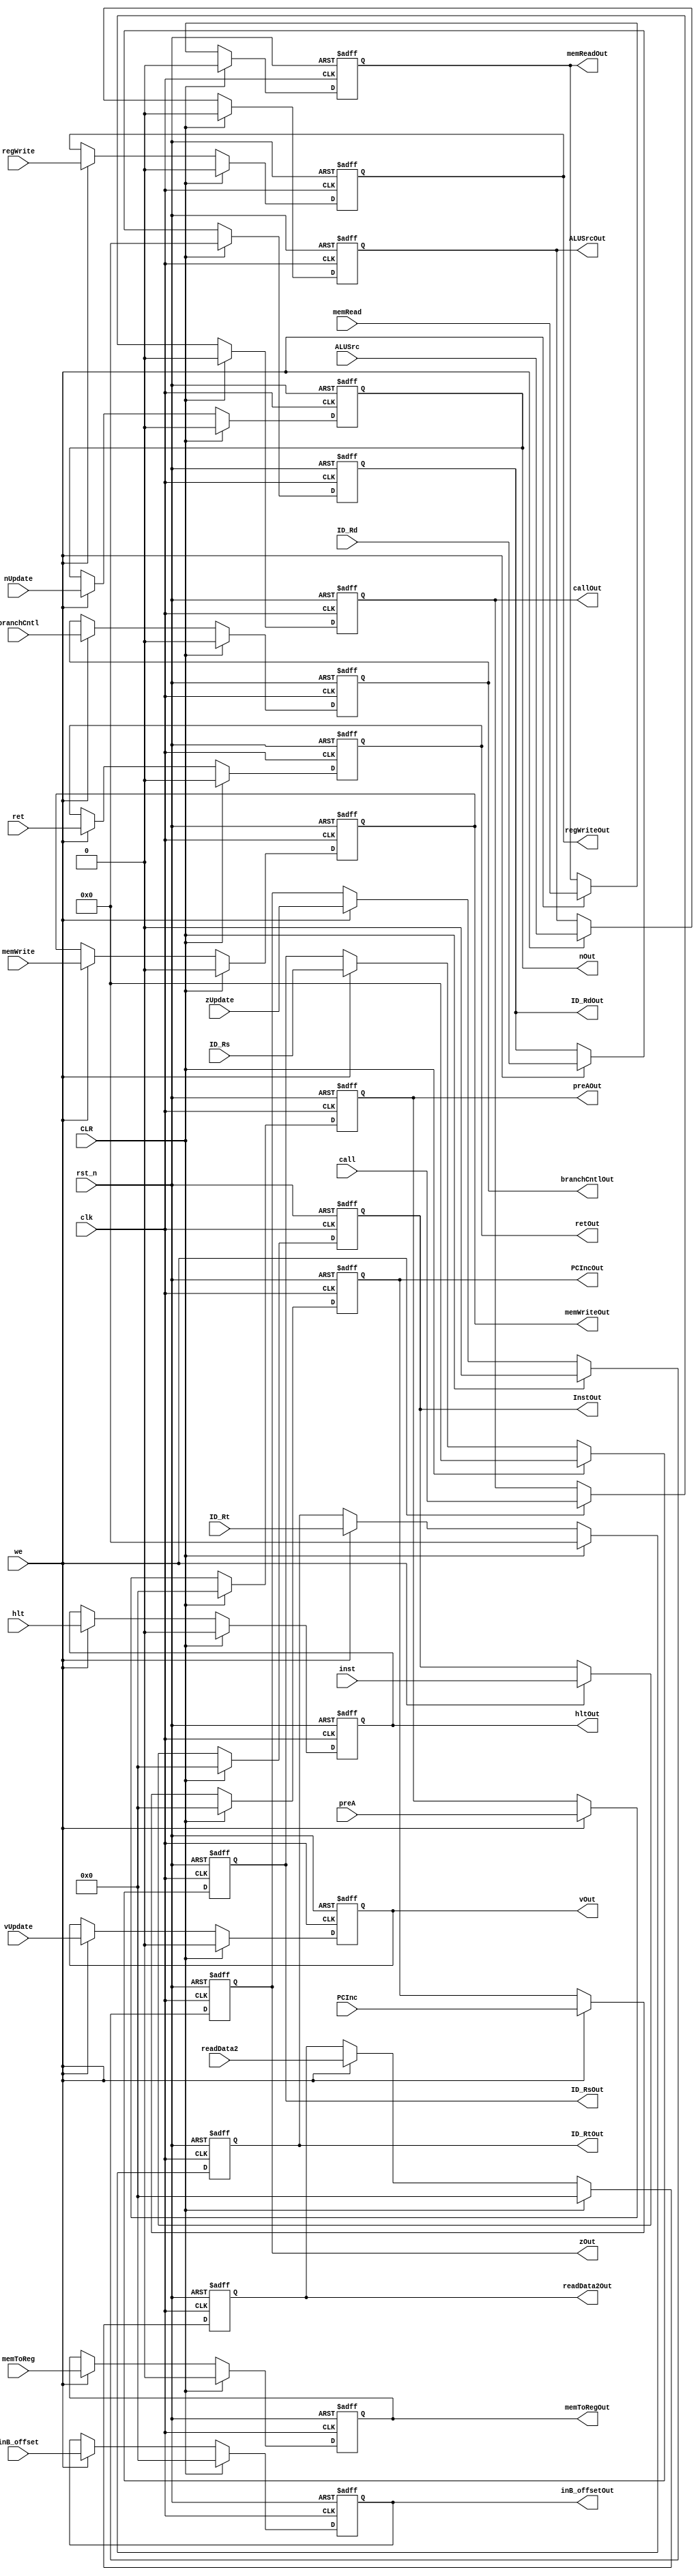
module ID_EX_Reg(clk, rst_n, PCInc, inst, CLR, we, readData2, preA, inB_offset, 
		ID_Rs, ID_Rt, ID_Rd, zUpdate, vUpdate, nUpdate,
		memToReg, regWrite, memRead, memWrite, ret, branchCntl, call, hlt, ALUSrc, 
		InstOut, PCIncOut, ID_RsOut, ID_RtOut, ID_RdOut, readData2Out, preAOut, inB_offsetOut, memToRegOut, zOut, vOut, nOut,
		regWriteOut, memReadOut, memWriteOut, retOut, branchCntlOut, callOut, hltOut, ALUSrcOut);

	input clk, CLR, we, rst_n, zUpdate, vUpdate, nUpdate;
	input memToReg, regWrite, memRead, memWrite, ret, branchCntl, call, hlt, ALUSrc;
	input [15:0]PCInc, inst, readData2, preA, inB_offset;
	input [3:0] ID_Rs, ID_Rt, ID_Rd;
	//TO DO: FIGURE OUT ALL OF THE CONTROL SIGNALS NECESSARY AND MAKE AS INPUTS

	output reg [15:0] PCIncOut, InstOut, readData2Out, preAOut, inB_offsetOut;
	output reg [3:0] ID_RsOut, ID_RtOut, ID_RdOut;
	output reg memToRegOut, regWriteOut, memReadOut, memWriteOut, retOut, branchCntlOut, callOut, hltOut, zOut, vOut, nOut, ALUSrcOut;

	always @ (posedge clk, negedge rst_n) begin
		if(!rst_n) begin
			PCIncOut <= 0;
			InstOut <= 0;
			readData2Out <= 0;
			preAOut <= 0;
			inB_offsetOut <= 0;
			ID_RsOut <= 0;
			ID_RtOut <= 0;
			ID_RdOut <= 0;
			memToRegOut <= 0;
			regWriteOut <= 0;
			memReadOut <= 0;
			memWriteOut <= 0;
			retOut <= 0;
			branchCntlOut <= 0;
			callOut <= 0;
			hltOut <= 0;
			zOut <= 0;
			vOut <= 0;
			nOut <= 0;
			ALUSrcOut <= 0;
		end
		else if(CLR) begin
			PCIncOut <= 0;
			InstOut <= 0;
			readData2Out <= 0;
			preAOut <= 0;
			inB_offsetOut <= 0;
			ID_RsOut <= 0;
			ID_RtOut <= 0;
			ID_RdOut <= 0;
			memToRegOut <= 0;
			regWriteOut <= 0;
			memReadOut <= 0;
			memWriteOut <= 0;
			retOut <= 0;
			branchCntlOut <= 0;
			callOut <= 0;
			hltOut <= 0;
			zOut <= 0;
			vOut <= 0;
			nOut <= 0;
			ALUSrcOut <= 0;
		end
		else if (we) begin
			PCIncOut <= PCInc;
			InstOut <= inst;
			readData2Out <= readData2;
			preAOut <= preA;
			inB_offsetOut <= inB_offset;
			ID_RsOut <= ID_Rs;
			ID_RtOut <= ID_Rt;
			ID_RdOut <= ID_Rd;
			memToRegOut <= memToReg;
			regWriteOut <= regWrite;
			memReadOut <= memRead;
			memWriteOut <= memWrite;
			retOut <= ret;
			branchCntlOut <= branchCntl;
			callOut <= call;
			hltOut <= hlt;
			zOut <= zUpdate;
			vOut <= vUpdate;
			nOut <= nUpdate;
			ALUSrcOut <= ALUSrc;
		end
		else begin
			PCIncOut <= PCIncOut;
			InstOut <= InstOut;
			readData2Out <= readData2Out;
			preAOut <= preAOut;
			inB_offsetOut <= inB_offsetOut;
			ID_RsOut <= ID_RsOut;
			ID_RtOut <= ID_RtOut;
			ID_RdOut <= ID_RdOut;
			memToRegOut <= memToRegOut;
			regWriteOut <= regWriteOut;
			memReadOut <= memReadOut;
			memWriteOut <= memWriteOut;
			retOut <= retOut;
			branchCntlOut <= branchCntlOut;
			callOut <= callOut;
			hltOut <= hltOut;
			zOut <= zOut;
			vOut <= vOut;
			nOut <= nOut;
			ALUSrcOut <= ALUSrcOut;
		end
	end
endmodule